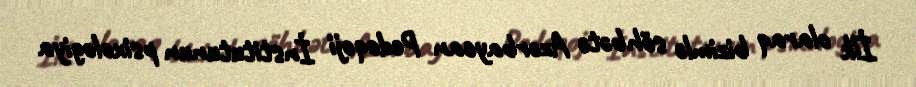
İlk olaraq bizimlə söhbətə Azərbaycan Pedoqoji İnstitutunun psixologiya